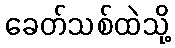
ခေတ်သစ်ထဲသို့